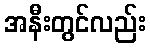
အနီးတွင်လည်း